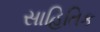
સાહિતિક